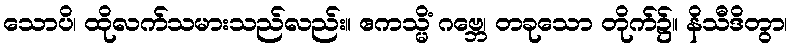
သောပိ၊ ထိုလက်သမားသည်လည်း။ ဧကသ္မိံ ဂဗ္ဘေ၊ တခုသော တိုက်၌။ နိသီဒိတွာ၊